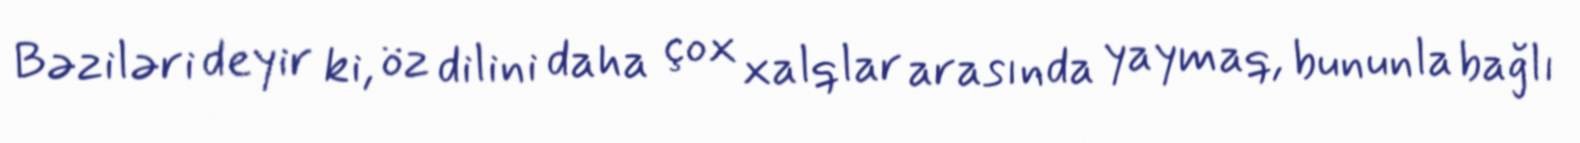
Bəziləri deyir ki, öz dilini daha çox xalqlar arasında yaymaq, bununla bağlı